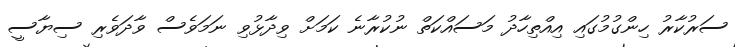
ސަރުކާރު ހިންގުމުގައި އިއްތިހާދު މަސައްކަތް ނުކުރާނެ ކަމަށް ވިދާޅުވި ނަމަވެސް ވާދަވެރި ސިޔާސީ